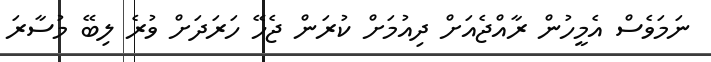
ނަމަވެސް އެމީހުން ރާއްޖެއަށް ދިއުމަށް ކުރަން ޖެހޭ ހަރަދަށް ވުރެ ލިބޭ މުސާރަ